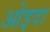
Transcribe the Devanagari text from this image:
ओइदा